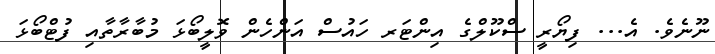
ނޫނެވެ. އެ... ފިޔޯރީ ސްކޫލްގެ އިންޓަރ ހައުސް އަންހެން ވޮލީބޯޅަ މުބާރާތާއި ފުޓްބޯޅަ